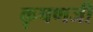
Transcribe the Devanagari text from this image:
कृषणजी